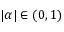
| \alpha | \in ( 0 , 1 )